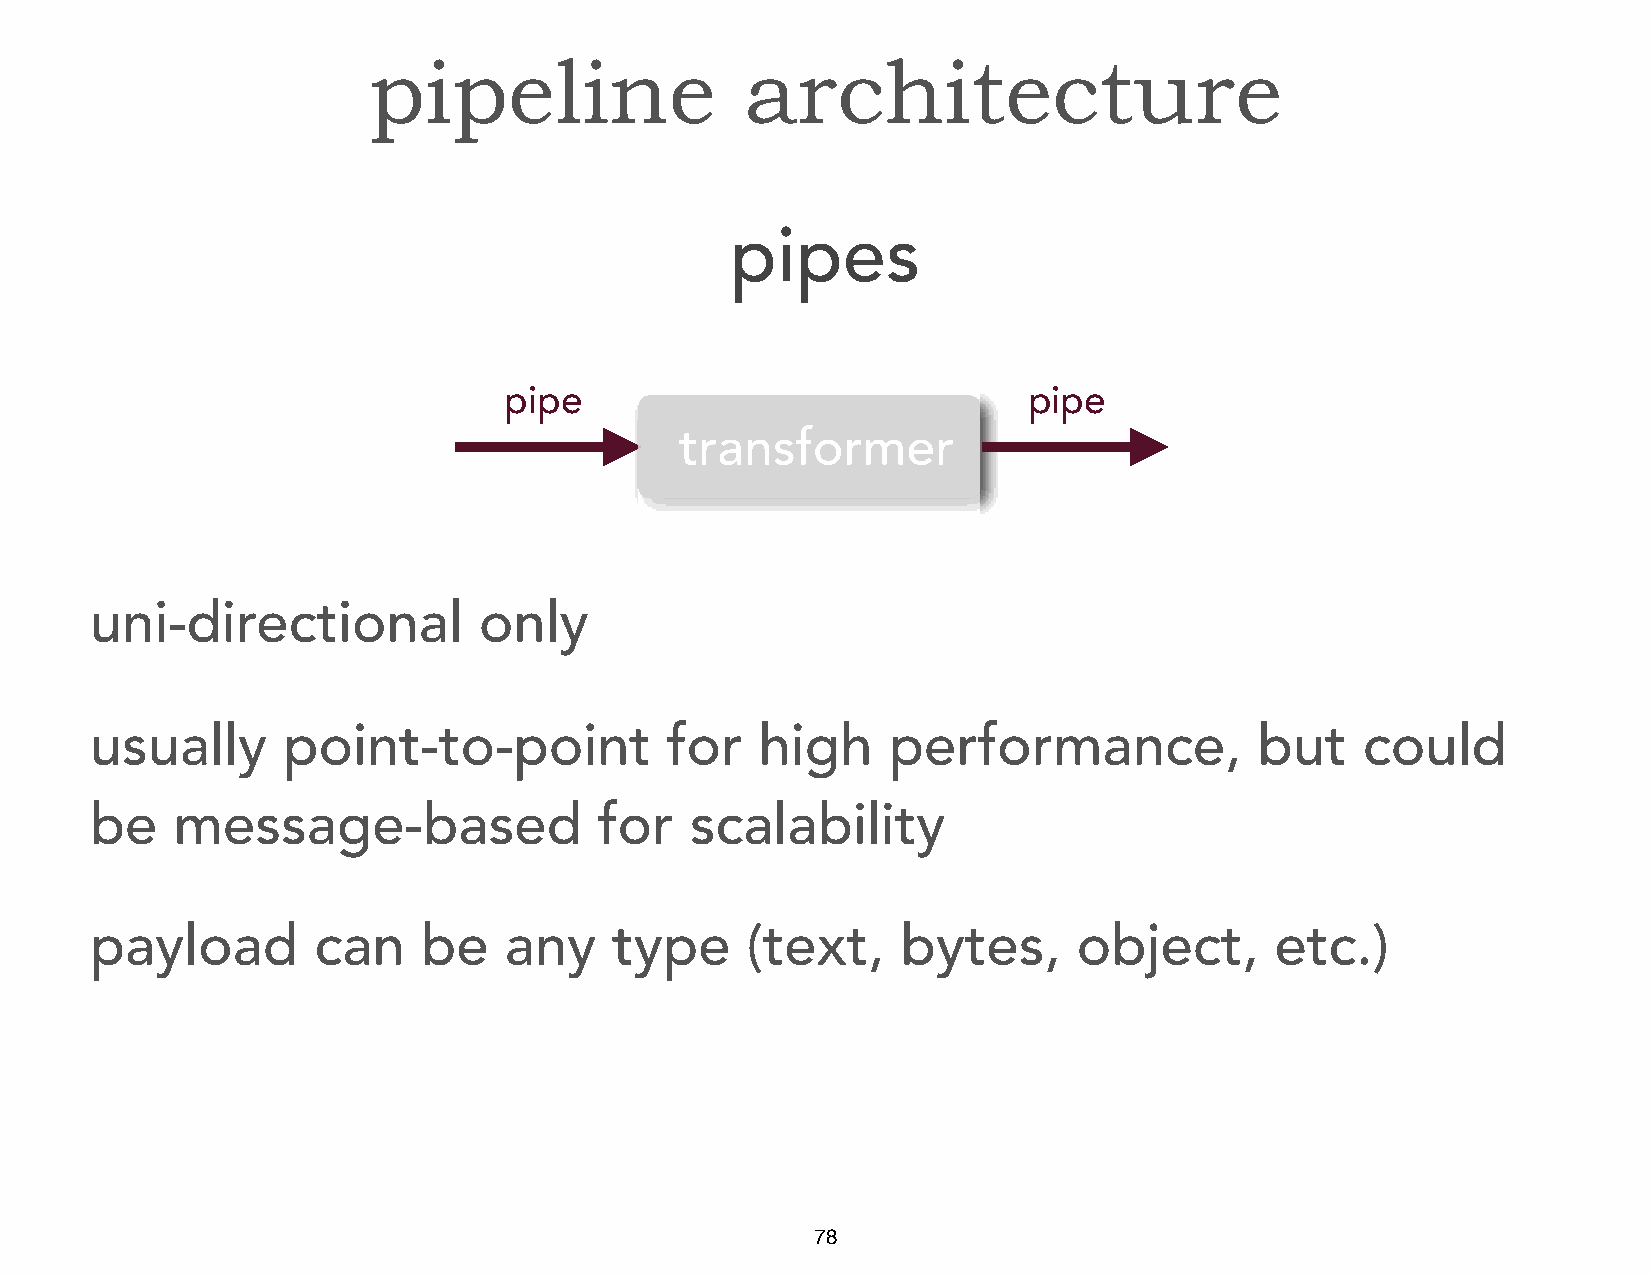
pipeline                 architecture
 pipes
 pipe                               pipe
 transformer
 uni-directional           only
 usually      point-to-point           for   high     performance,            but    could
 be   message-based                for   scalability
 payload        can    be   any     type    (text,     bytes,     object,      etc.)
 78